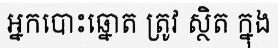
អ្នកបោះឆ្នោត ត្រូវ ស្ថិត ក្នុង